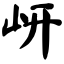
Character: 岍